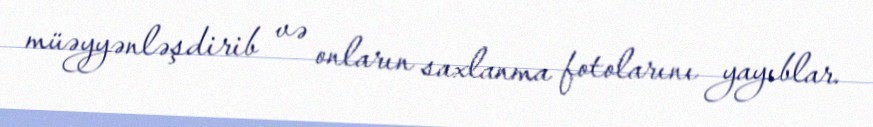
müəyyənləşdirib və onların saxlanma fotolarını yayıblar.